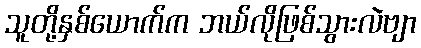
သူတို့နှစ်ယောက်က ဘယ်လိုဖြစ်သွားလဲဗျာ